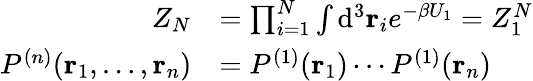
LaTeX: {\begin{array}{rl}{Z_{N}}&{=\prod_{i=1}^{N}\int\mathrm{d}^{3}\mathbf{r}_{i}e^{-\beta U_{1}}=Z_{1}^{N}}\\ {P^{(n)}(\mathbf{r}_{1},\dots,\mathbf{r}_{n})}&{=P^{(1)}(\mathbf{r}_{1})\cdots P^{(1)}(\mathbf{r}_{n})}\end{array}}